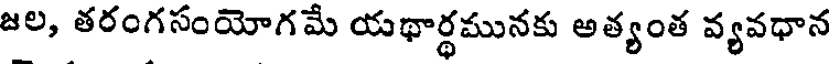
జల, తరంగసంయోగమే యథార్థమునకు అత్యంత వ్యవధాన